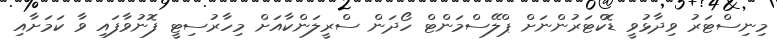
މިނިސްޓަރު ވިދާޅުވީ ޑޮކްޓަރުންނަށް ޕްލޭސްމަންޓް ހޯދަން ސްރީލަންކާއަށް މިހާރުސިޓީ ފޮނުވާފައި ވާ ކަމަށާއި